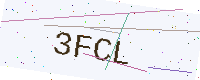
Text: 3FCL